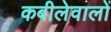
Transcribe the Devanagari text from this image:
कबीलेवालों